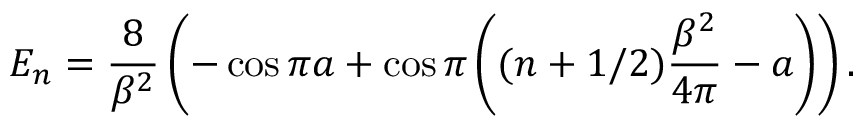
{ \cal E } _ { n } = \frac { 8 } { \beta ^ { 2 } } \left( - \cos \pi a + \cos { \pi } \left( ( n + 1 / 2 ) \frac { \beta ^ { 2 } } { 4 \pi } - a \right) \right) .